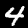
Digit: 4